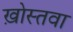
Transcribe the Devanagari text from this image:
ख़ोस्तवा